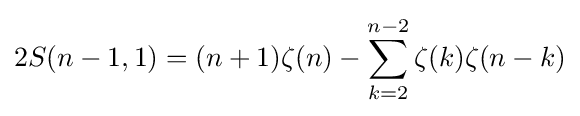
2S(n-1,1)=(n+1)\zeta (n)-\sum _{k=2}^{n-2}\zeta (k)\zeta (n-k)